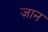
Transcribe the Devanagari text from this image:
ज़ान